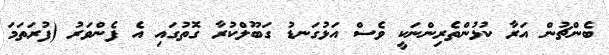
ބެންޗުން އަރާ ކުޅުންތެރިންނަކީ ވެސް އަޅުގަނޑު ގަބޫލްކުރާ ގޮތުގައި އެ ފެންވަރު (ފުރަތަމަ